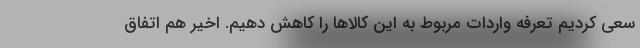
سعی کردیم تعرفه واردات مربوط به این کالاها را کاهش دهیم. اخیر هم اتفاق